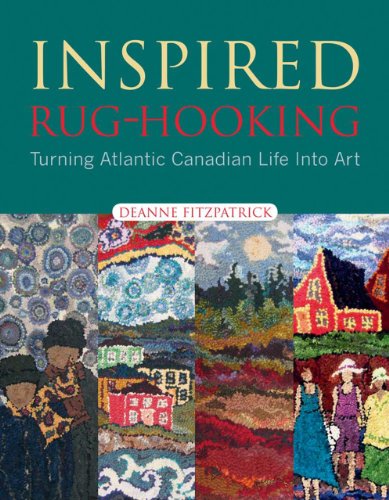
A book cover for Inspired Rug-Hooking: Turning Atlantic Canadian Life into Art; Deanne Fitzpatrick; Crafts, Hobbies & Home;